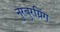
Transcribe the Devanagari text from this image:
नुरबुरग्रिंग